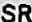
SR